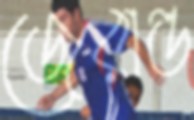
জেরাল্ড